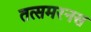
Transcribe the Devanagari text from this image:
तत्समरनस